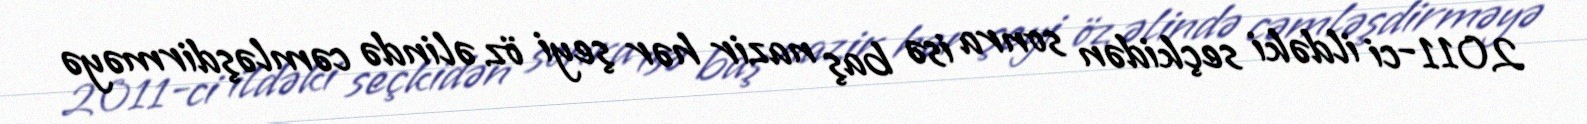
2011-ci ildəki seçkidən sonra isə baş nazir hər şeyi öz əlində cəmləşdirməyə